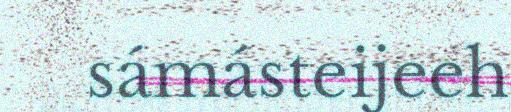
sámásteijeeh